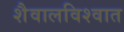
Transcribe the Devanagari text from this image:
शैवालविश्वात